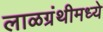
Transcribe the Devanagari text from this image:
लाळग्रंथीमध्ये